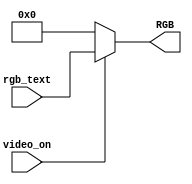
`timescale 1ns / 1ps
//////////////////////////////////////////////////////////////////////////////////
// Company: 
// Engineer: 
// 
// Design Name: Daniela Solis
// Module Name: RBG_MUX
// Project Name: 
// Target Devices: 
// Tool Versions: 
// Description: 
// 
// Dependencies: 
// 
// Revision:
// Revision 0.01 - File Created
// Additional Comments:
// 
//////////////////////////////////////////////////////////////////////////////////


module RGB_MUX(

//////  INPUTS  ///////
    input video_on, // me activa la pantalla
	input [11:0] rgb_text,
	
////// OUTPUTS  //////
	output reg [11:0] RGB
	);
	
	always @*
	begin
	if (video_on)
		RGB=rgb_text;
	else
		RGB=12'h000; /// si no esta activado, me imprime la pantalla en negro
	end
endmodule